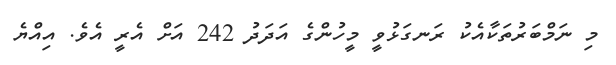
މި ނަމްބަރުތަކާއެކު ރަނގަޅުވީ މީހުންގެ އަދަދު 242 އަށް އެރީ އެވެ. އިއްޔެ